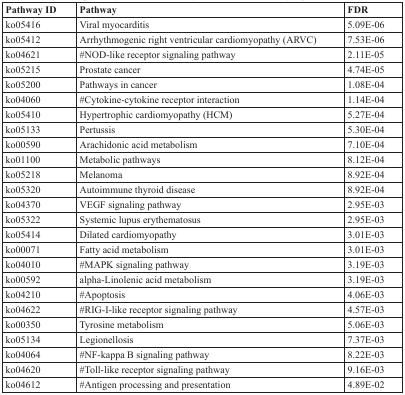
<table><thead><tr><td><b>Pathway ID</b></td><td><b>Pathway</b></td><td><b>FDR</b></td></tr></thead><tbody><tr><td>ko05416</td><td>Viral myocarditis</td><td>5.09E-06</td></tr><tr><td>ko05412</td><td>Arrhythmogenic right ventricular cardiomyopathy (ARVC)</td><td>7.53E-06</td></tr><tr><td>ko04621</td><td>#NOD-like receptor signaling pathway</td><td>2.11E-05</td></tr><tr><td>ko05215</td><td>Prostate cancer</td><td>4.74E-05</td></tr><tr><td>ko05200</td><td>Pathways in cancer</td><td>1.08E-04</td></tr><tr><td>ko04060</td><td>#Cytokine-cytokine receptor interaction</td><td>1.14E-04</td></tr><tr><td>ko05410</td><td>Hypertrophic cardiomyopathy (HCM)</td><td>5.27E-04</td></tr><tr><td>ko05133</td><td>Pertussis</td><td>5.30E-04</td></tr><tr><td>ko00590</td><td>Arachidonic acid metabolism</td><td>7.10E-04</td></tr><tr><td>ko01100</td><td>Metabolic pathways</td><td>8.12E-04</td></tr><tr><td>ko05218</td><td>Melanoma</td><td>8.92E-04</td></tr><tr><td>ko05320</td><td>Autoimmune thyroid disease</td><td>8.92E-04</td></tr><tr><td>ko04370</td><td>VEGF signaling pathway</td><td>2.95E-03</td></tr><tr><td>ko05322</td><td>Systemic lupus erythematosus</td><td>2.95E-03</td></tr><tr><td>ko05414</td><td>Dilated cardiomyopathy</td><td>3.01E-03</td></tr><tr><td>ko00071</td><td>Fatty acid metabolism</td><td>3.01E-03</td></tr><tr><td>ko04010</td><td>#MAPK signaling pathway</td><td>3.19E-03</td></tr><tr><td>ko00592</td><td>alpha-Linolenic acid metabolism</td><td>3.19E-03</td></tr><tr><td>ko04210</td><td>#Apoptosis</td><td>4.06E-03</td></tr><tr><td>ko04622</td><td>#RIG-I-like receptor signaling pathway</td><td>4.57E-03</td></tr><tr><td>ko00350</td><td>Tyrosine metabolism</td><td>5.06E-03</td></tr><tr><td>ko05134</td><td>Legionellosis</td><td>7.37E-03</td></tr><tr><td>ko04064</td><td>#NF-kappa B signaling pathway</td><td>8.22E-03</td></tr><tr><td>ko04620</td><td>#Toll-like receptor signaling pathway</td><td>9.16E-03</td></tr><tr><td>ko04612</td><td>#Antigen processing and presentation</td><td>4.89E-02</td></tr></tbody></table>